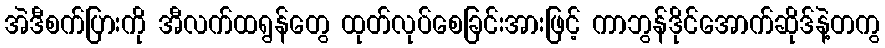
အဲဒီစက်ပြားကို အီလက်ထရွန်တွေ ထုတ်လုပ်စေခြင်းအားဖြင့် ကာဘွန်ဒိုင်အောက်ဆိုဒ်နဲ့တကွ